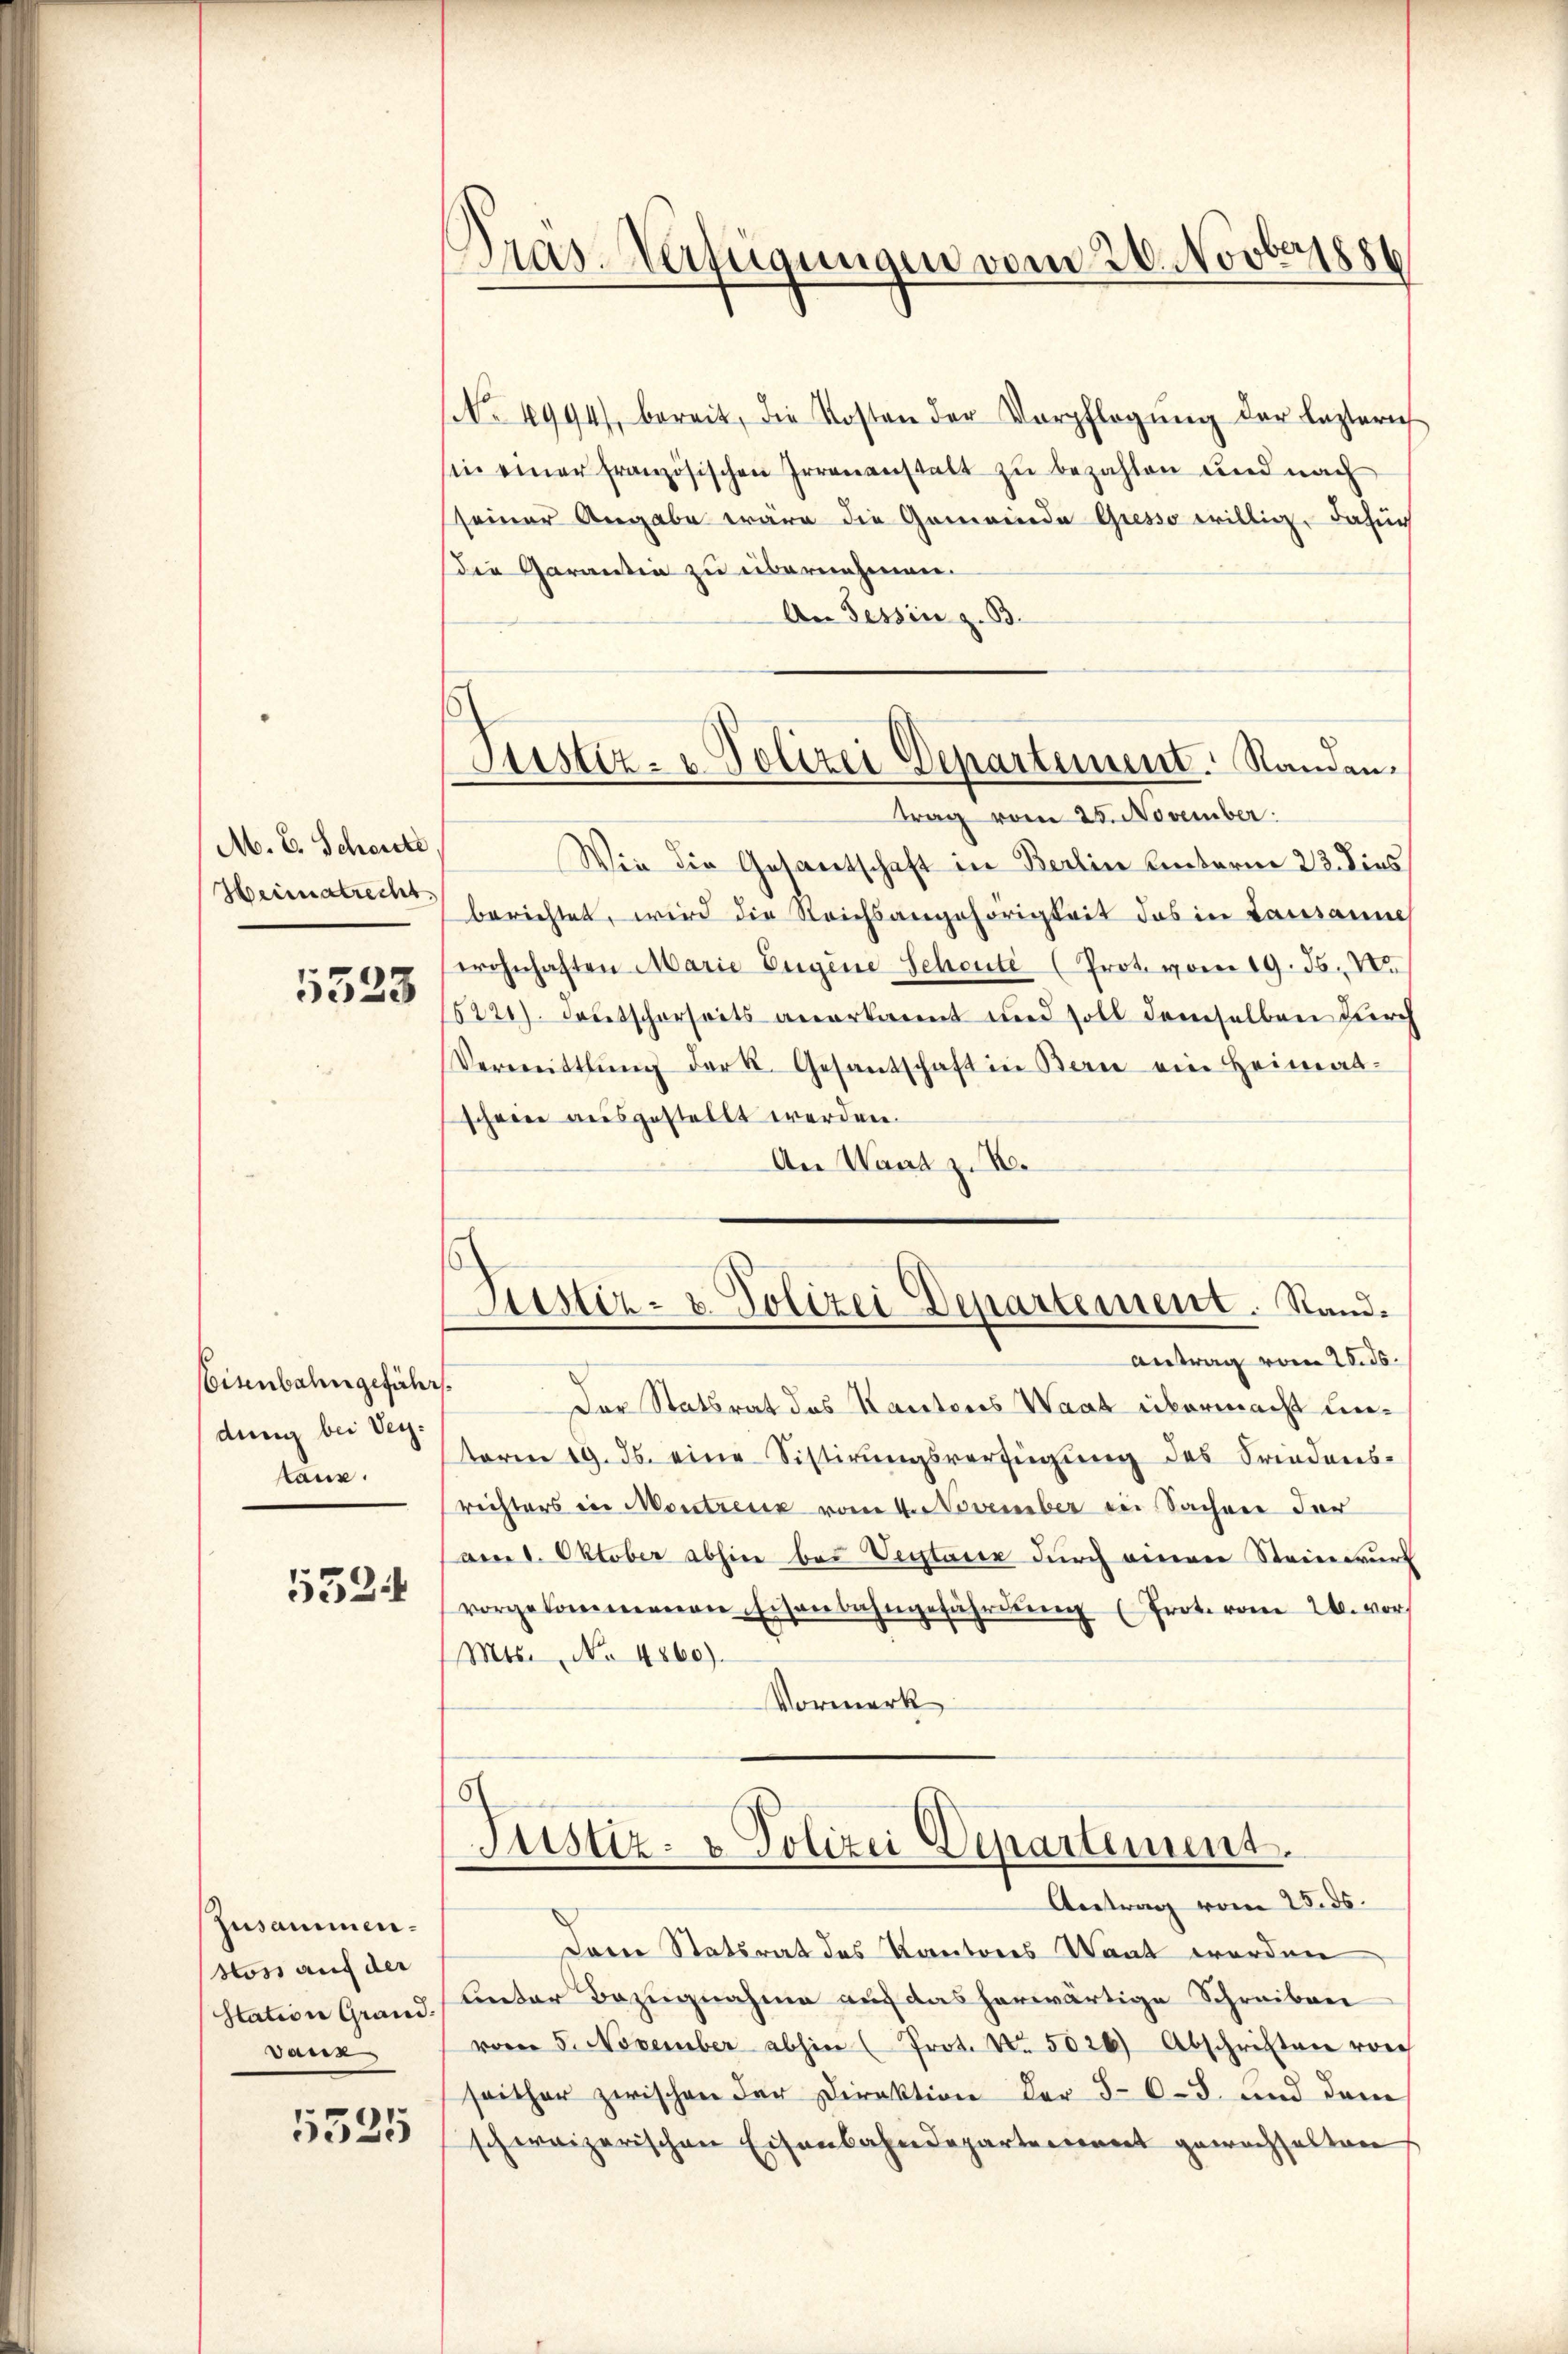
M. E. Scheute
Heimatrecht.

5323

Eisenbahngefähr
dung bei Vertaus.

5524

Zusammen.
stoss auf der
station Grand.
Tanz

5325

Pras-Verfügungen vom 20. Novber 1886

Justiz- u. Polizei Departement. Standen.

No. 4994), bereit, die Kosten der Verpflegŭng der letztern
sin einer französischen Irrenanstalt zu bezahlen und nach
sseiner Angabe wäre die Gemeinde Gresso willig dafür
die Garanten zu übernehmen.
An Tessin z. B.
trag vom 25. November:
Wie die Gesantschaft in Berlin unterm 22. dies
berichtet, wird die Reichsangehörigkeit das in Lausanne
wohnhaften Marie Eigene Schonte (Prot. vom 19. ds. V
5220). Deutscherseits anerkannt und soll demselben durch
Vermittlung der k. Gesantschaft in Bern ein Heimat-
scheine ausgestellt werden.
An Wand z. B.
Antrag vom 20. ds.
Der Statsrat des Kantons Waat übermacht unterm 19. ds. eine Sistirŭngsverfügung des Friedens-
richters in Montreux vom 4. November in Sachen der
am 1. Oktober abhin bei Vertarer durch einen Steinwurf
vorgekommenen schenbahngefährdŭng (Frot. vom 26. vor
Mts. No. 4860).
Vormerk
Justiz- & Polizei Departement.
Antrag vom 25. ds.
Danie Staturat des Kantons Want worden
Lieder Bezugnahme auf das herwärtige Schreiben
vom 5. November abhin (Prot. Nr. 5026) Abschriften von
seither zwischen der Direktion der 5-6 - 8. und dem
schweizerischen Eisenbahndepartement gewachhalten

Justiz- & Polizei Departement. Stand.